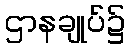
ဌာနချုပ်၌